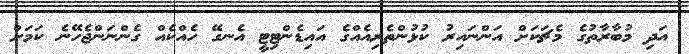
އަދި މުބާރާތުގެ މެޗަކަށް އަންނައިރު ކުޅުންތެރިއެއްގެ އައިޑެންޓިޓީ އެނގޭ ހެއްކެއް ގެންނަންޖެހޭނެ ކަމަށް